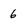
Character: 6